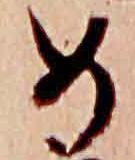
女